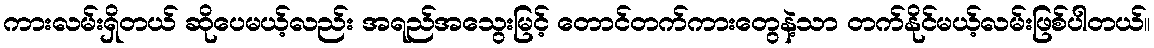
ကားလမ်းရှိတယ် ဆိုပေမယ့်လည်း အရည်အသွေးမြင့် တောင်တက်ကားတွေနဲ့သာ တက်နိုင်မယ့်လမ်းဖြစ်ပါတယ်။